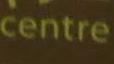
centre